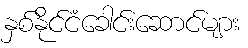
နှစ်နိုင်ငံခေါင်းဆောင်များ